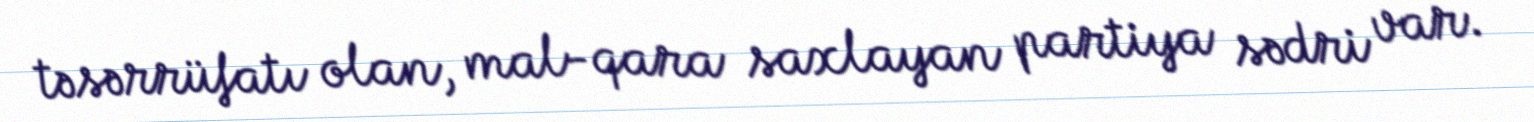
təsərrüfatı olan, mal-qara saxlayan partiya sədri var.